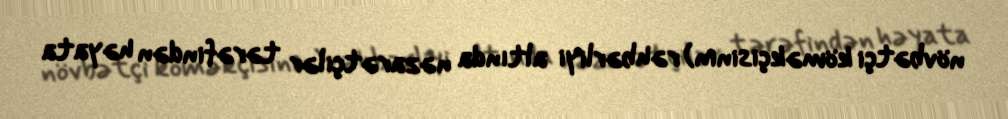
növbətçi köməkçisinin) rəhbərliyi altında nəzarətçilər tərəfindən həyata